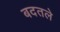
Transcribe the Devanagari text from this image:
बदतले